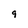
Character: 9